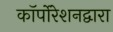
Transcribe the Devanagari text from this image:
कॉर्पोरेशनद्वारा